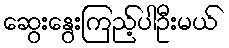
ဆွေးနွေးကြည့်ပါဦးမယ်